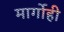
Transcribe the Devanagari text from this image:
मार्गोही